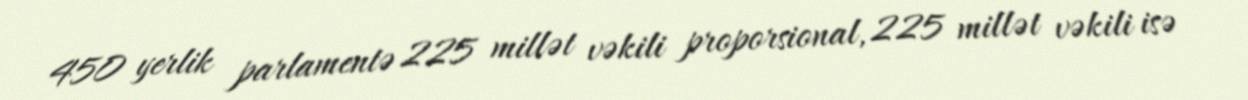
450 yerlik parlamentə 225 millət vəkili proporsional, 225 millət vəkili isə